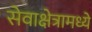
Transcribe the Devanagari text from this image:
सेवाक्षेत्रामध्ये